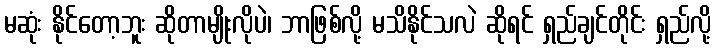
မဆုံး နိုင်တော့ဘူး ဆိုတာမျိုးလိုပဲ၊ ဘာဖြစ်လို့ မသိနိုင်သလဲ ဆိုရင် ရှည်ချင်တိုင်း ရှည်လို့